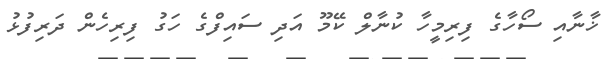
ޚާނާއި ސޯހާގެ ފިރިމީހާ ކުނާލް ކޭމޫ އަދި ސައިފްގެ ހަގު ފިރިހެން ދަރިފުޅު